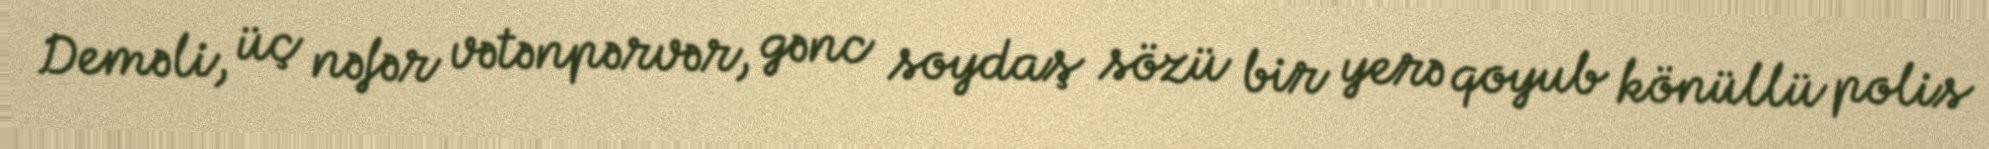
Deməli, üç nəfər vətənpərvər, gənc soydaş sözü bir yerə qoyub könüllü polis